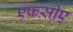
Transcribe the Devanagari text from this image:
एफसीए